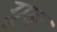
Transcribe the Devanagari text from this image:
ग्रूब